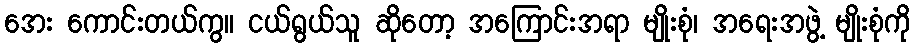
အေး ကောင်းတယ်ကွ။ ငယ်ရွယ်သူ ဆိုတော့ အကြောင်းအရာ မျိုးစုံ၊ အရေးအဖွဲ့ မျိုးစုံကို